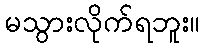
မသွားလိုက်ရဘူး။